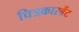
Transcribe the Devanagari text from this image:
चित्रकारबेंट